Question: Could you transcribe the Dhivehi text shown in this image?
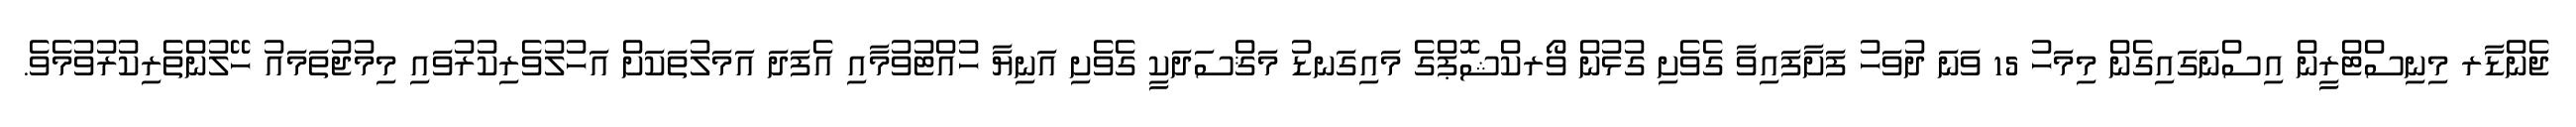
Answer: ޖެންޑާރ މިނިސްޓްރީން އިސްނަގައިގެން މިމަހު 15 ވަނަ ދުވަހު ފަށާފައިވާ ގެވެށި ގުޅުން ވޯރކްޝޮޕްގެ މައިގަނޑު މަޤްސަދަކީ ގެވެށި އަނިޔާ ހުއްޓުވުމާއި އެފަދަ އަމަލުތަކަށް އަހުލުވެރިކުރުވައި މިމުޖުތަމައު ހޭލުންތެރިކުރުވުމެވެ.